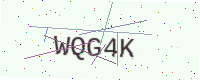
Text: WQG4K